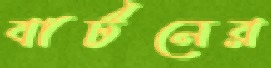
বার্টনের